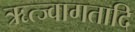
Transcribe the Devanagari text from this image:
ऋत्ज्वागतादि